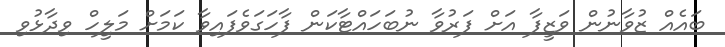
ބައެއް ޒުވާނުން ވަޒީފާ އަށް ފަރުވާ ނުބަހައްޓާކަން ފާހަގަވެފައިވާ ކަމަށް މަލީހް ވިދާޅުވި